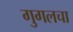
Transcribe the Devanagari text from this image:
गुगलचा